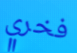
فخري